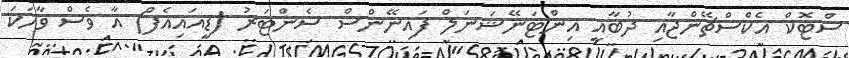
ސްޓޮކް އެކްސްޗޭންޖާއި ދުބާއީ އިންޓަނޭޝަނަލް ފައިނޭންސް ސެންޓަރު (ޑީއައިއެފް) އާ ވެސް ވާހަކަ